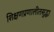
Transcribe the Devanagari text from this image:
शिक्षणप्रणालीतसुद्धा